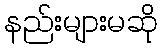
နည်းများမဆို